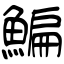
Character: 鯿